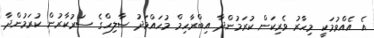
އެ އެއްވުމަކީ މިހާރު ވެރިކަން ކުރަމުންދާ އިބްރާހިމް މުހައްމަދު ޞާލިހްގެ ސަރުކާރުން ކުރަމުންދާ